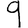
Digit: 9